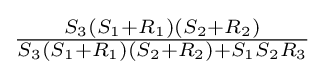
{\tfrac {S_{3}(S_{1}+R_{1})(S_{2}+R_{2})}{S_{3}(S_{1}+R_{1})(S_{2}+R_{2})+S_{1}S_{2}R_{3}}}